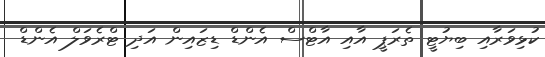
ކުޅިވަރާއި ބިޔުޓީ ތެރަޕީ އާއި އާޓްސް އެންޑް ޑިޒައިން އަދި ޓްރެވަލް އެންޑް